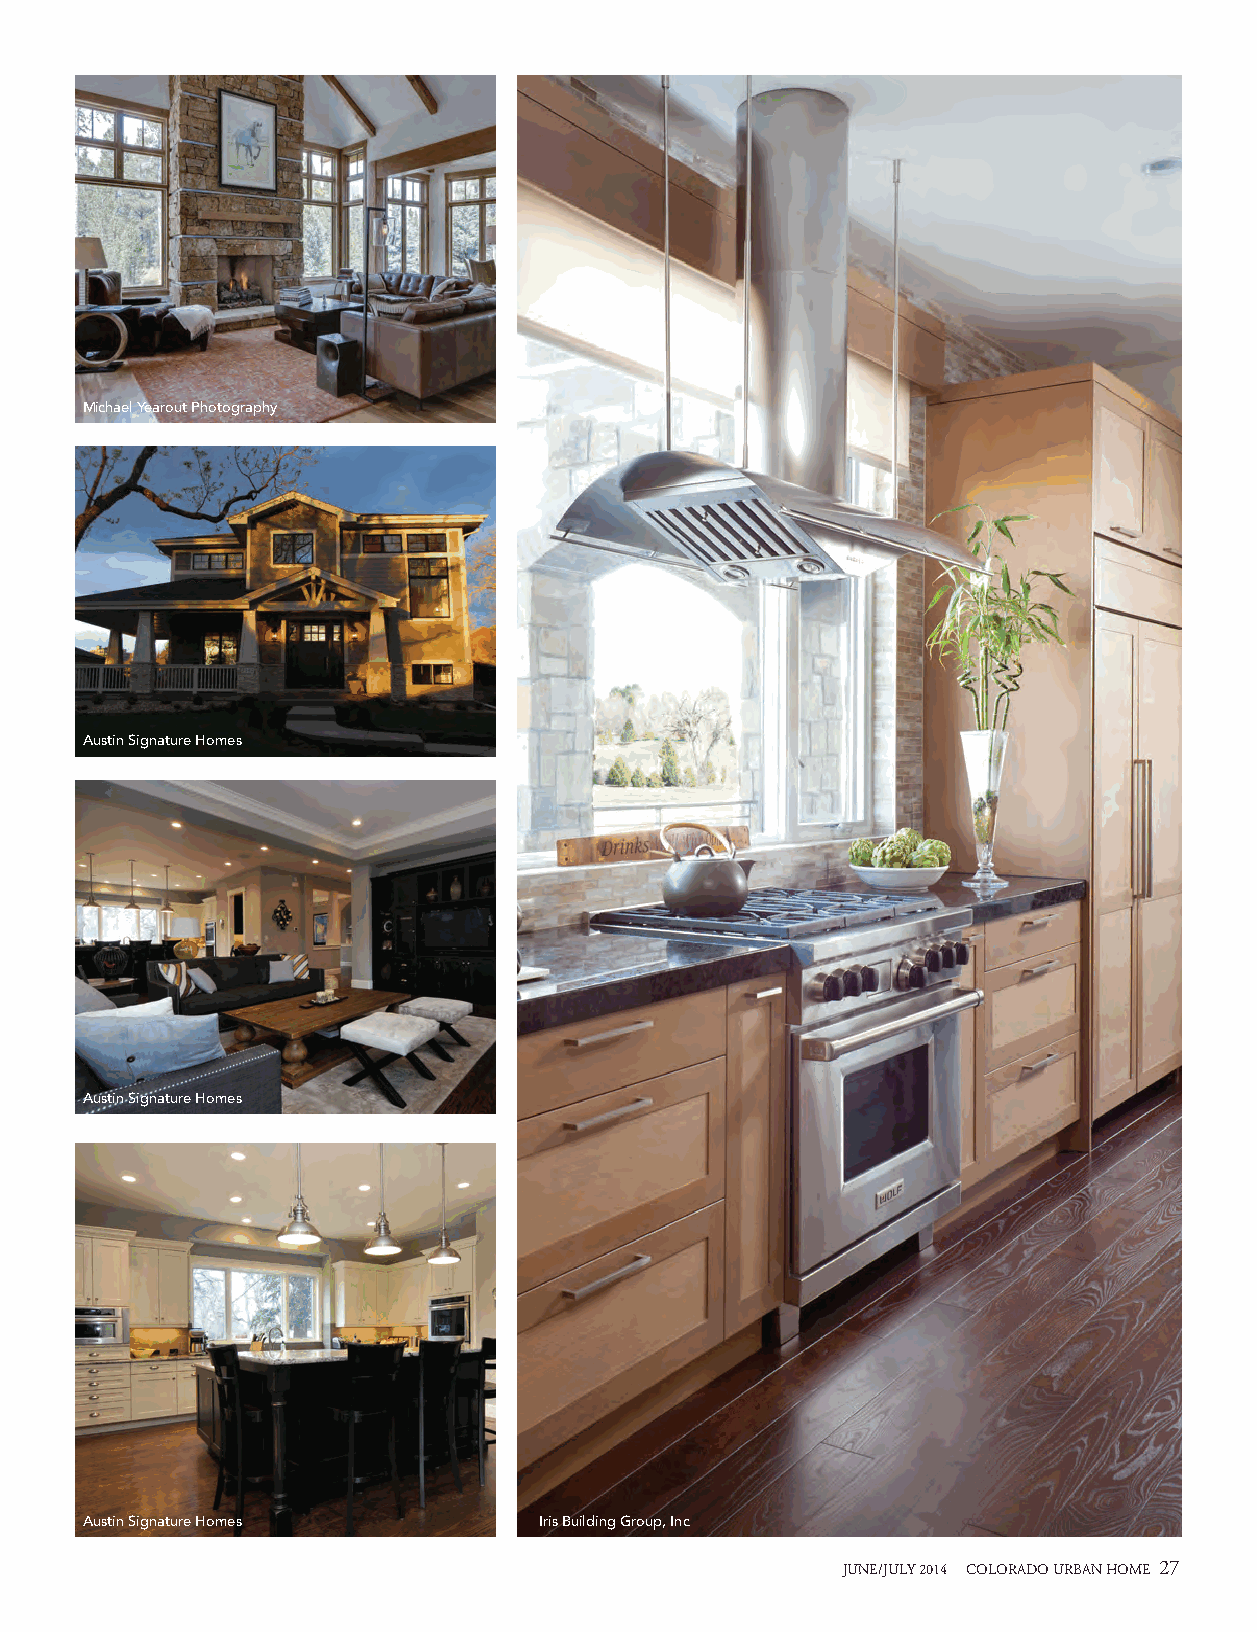
Michael Yearout Photography
 Austin Signature Homes
 Austin Signature Homes
 Austin Signature Homes         Iris Building Group, Inc
 JUNE/JULY 2014 COLORADO URBAN HOME 27